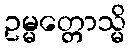
ဥမ္မတ္တောသ္မိ